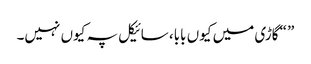
” “گاڑی میں کیوں بابا، سائیکل پہ کیوں نہیں۔